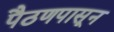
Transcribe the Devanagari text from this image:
पैठणपासून